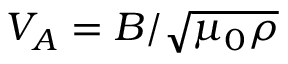
V _ { A } = B / \sqrt { \mu _ { 0 } \rho }